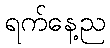
ရက်နေ့ည